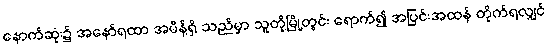
နောက်ဆုံး၌ အနော်ရထာ အမိန့်ရှိ သည်မှာ သူတို့မြို့တွင်း ရောက်၍ အပြင်းအထန် တိုက်ရလျှင်